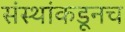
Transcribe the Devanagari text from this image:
संस्थांकडूनच